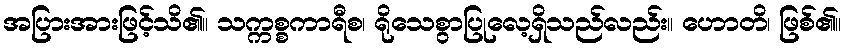
အပြားအားဖြင့်သိ၏။ သက္ကစ္စကာရီစ၊ ရိုသေစွာပြုလေ့ရှိသည်လည်း။ ဟောတိ၊ ဖြစ်၏။